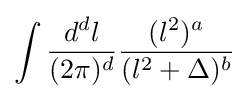
\int {\frac {d^{d}l}{(2\pi )^{d}}}{\frac {(l^{2})^{a}}{(l^{2}+\Delta )^{b}}}